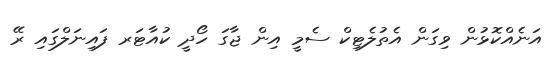
އަނެއްކޮޅުން ވިގަން އެތުލެޓިކް ސެމީ އިން ޖާގަ ހޯދީ ކުއާޓަރ ފައިނަލްގައި ރޭ